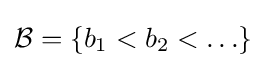
{\mathcal {B}}=\{b_{1}<b_{2}<\ldots \}